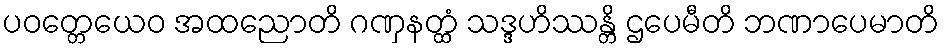
ပဝတ္တေယေဝ အထညောတိ ဂဏှနတ္ထံ သဒ္ဒဟိဿန္တိ ဌပေမီတိ ဘဏာပေမာတိ